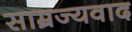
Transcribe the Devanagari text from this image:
साम्रज्यवाद